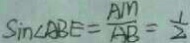
\sin \angle A B E = \frac { A M } { A B } = \frac { 1 } { 2 }